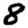
Digit: 8